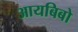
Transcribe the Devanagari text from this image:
आयबिबो